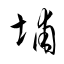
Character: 埔